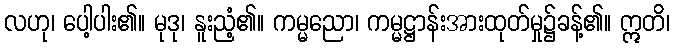
လဟု၊ ပေါ့ပါး၏။ မုဒု၊ နူးညံ့၏။ ကမ္မညော၊ ကမ္မဋ္ဌာန်းအားထုတ်မှု၌ခန့်၏။ ဣတိ၊